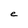
Character: e